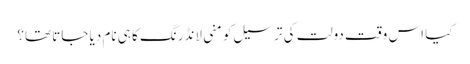
کیا اس وقت دولت کی ترسیل کو منی لانڈرنگ کا ہی نام دیا جاتا تھا؟